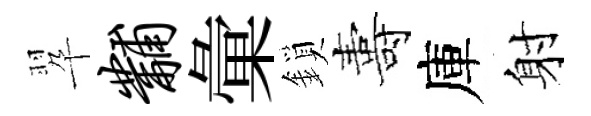
翆黼彙鎖夀庫射